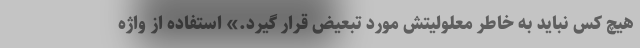
هیچ کس نباید به خاطر معلولیتش مورد تبعیض قرار گیرد.» استفاده از واژه